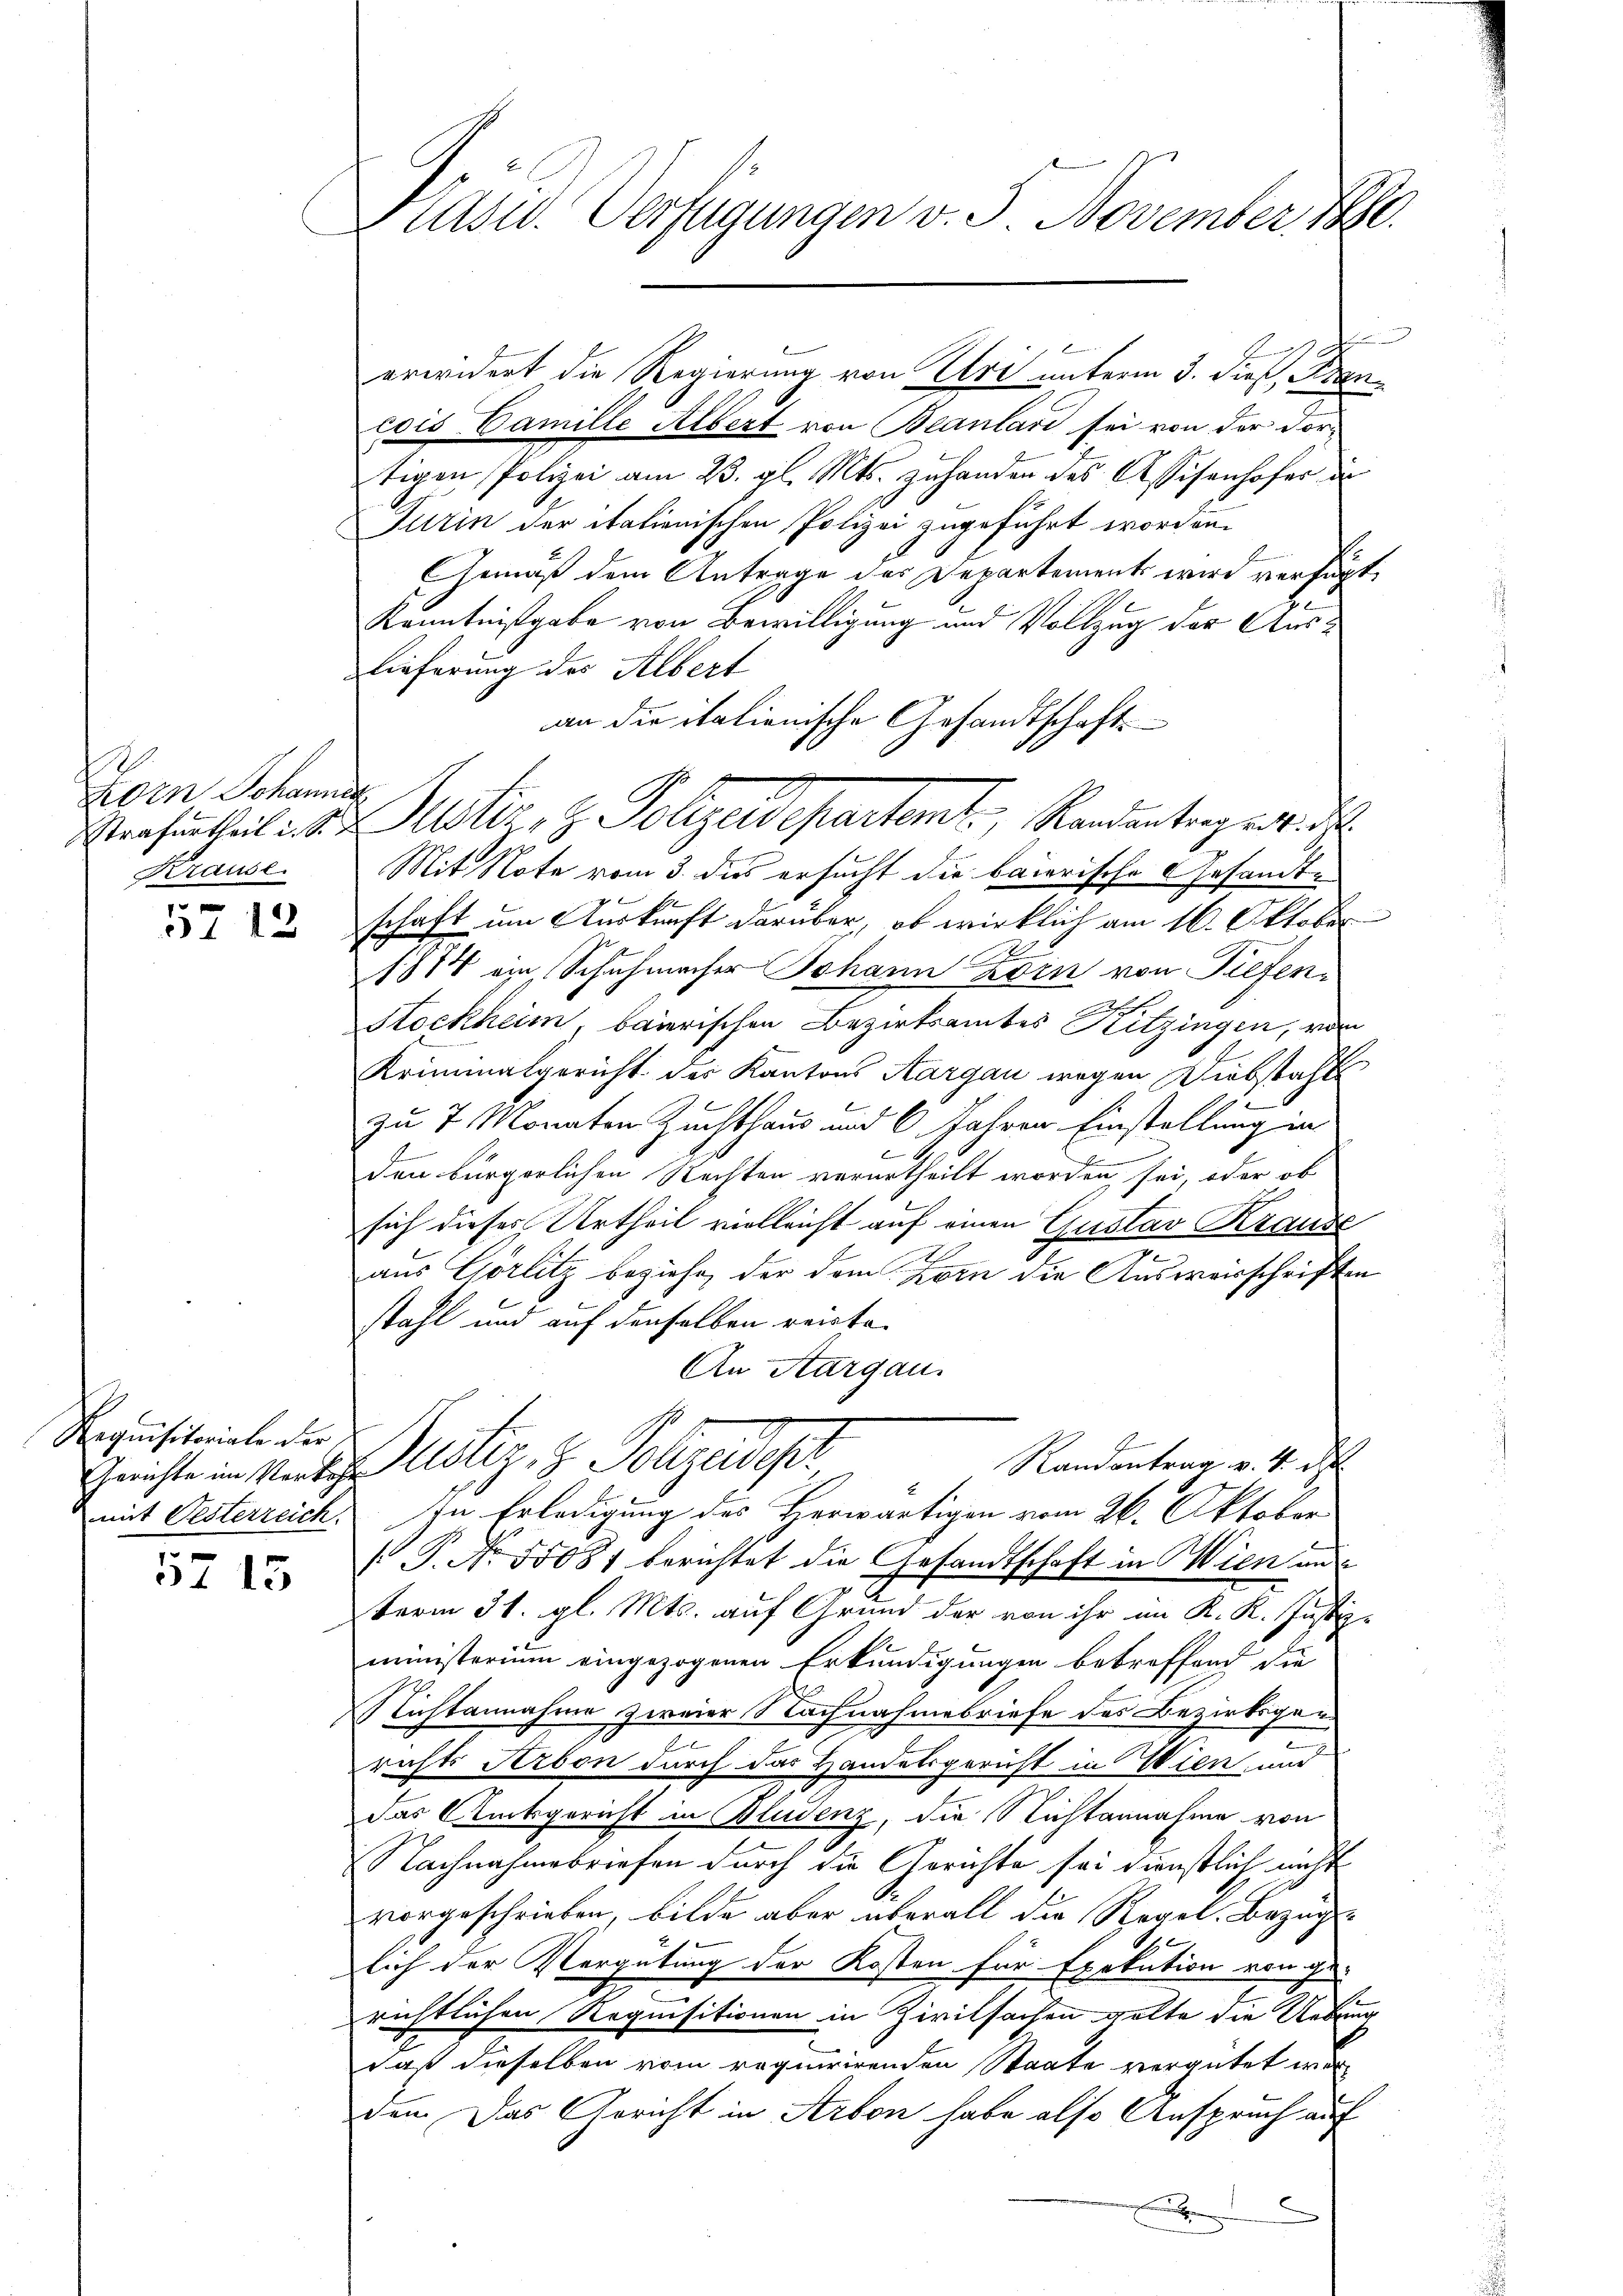
.
Zorn Johannes
Krause.

5712

Requisitoriale der

57 15

Präsid. Verfügungen v. J. November, S.

f
cois Camille Albert von Beantari sei von der Vor-
tigen Polizei am 23. gl. Mts. zuhanden des Assisenhofer de
Turin der italienischen Polizei zugeführt worden.
Gemäß dem Antrage des Departements wird verfügt,
Kenntnißgabe von Bewilligung und Vollzug der Aus¬
Lieferung des Albert
an die italienische Gesandtschaft
Mit Note vom 3. des ersucht die baierische Gesandtschaft um Auskunft darüber, ob wirklich am 16. Oktober
1
1874 ein Schuhmacher Johann Zorn von Tiefen¬
Stockheim, baierischen Bezirksamtes Kitzingen, von
Kriminalgericht des Kantons Aargau wegen Diebstahl
zu 7 Monaten Zuchthaus und 6 Jahren Einstellung in
den bürgerlichen Nachten verurtheilt worden sei, oder ob
sich dieses Urtheil vielleicht auf einen Gustav Krause
aus Görlitz beziehe, der dem Zorn die Ausweisschriften
stahl und auf denselben reiste.
An Aargau.
Randantrag v. 4. d.
Gerichte im Verten Nötig, z. Polizeideser
mit Oesterreich. In Erledigung des Herwärtigen vom 26. Oktober
 P. Nr. 55081 berichtet die Gesandtschaft in Wien und
term 31. gl. Mts. auf Grund der von ihr im K. K. Justiz-
ministerium eingezogenen Erkundigungen betreffend die
Nichtannahme zweier Nachnahmebriefe des Bezirksgerichts Arbon durch das Handelsgericht in Wien, und
das Rücksgericht in Bludenz, die Nichtannahme von
Nachnahmebriefen durch die Gerichte sei dienstlich nicht
vorgeschrieben, bilde aber überall die Regel, Bezugslich der Vergütung der Kosten für Exekution von ge-
richtlichen Requisitionen in Zivilsachen gelte die Uebung
daß dieselben vom requirirenden Staate vergütet wer
den. Das Gericht in Arbon habe also Anspruch auf
e
x

resentheil in die Motiz & Polizeidepartamt Randantag se

erwidert die Regierung von Uri unterm 3. dieß, Ben¬